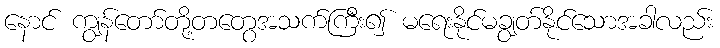
နောင် ကျွန်တော်တို့တတွေအသက်ကြီး၍ မရေးနိုင်မချွတ်နိုင်သောအခါလည်း